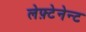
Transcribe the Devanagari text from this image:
लेफ़्टेनेन्ट